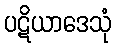
ပဋိယာဒေသုံ